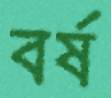
বর্ষ